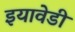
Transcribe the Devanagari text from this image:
इयावेडी